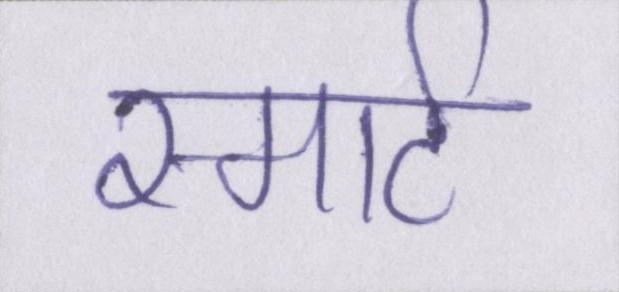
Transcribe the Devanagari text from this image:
स्मार्ट